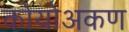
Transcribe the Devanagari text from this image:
कोयोअकण